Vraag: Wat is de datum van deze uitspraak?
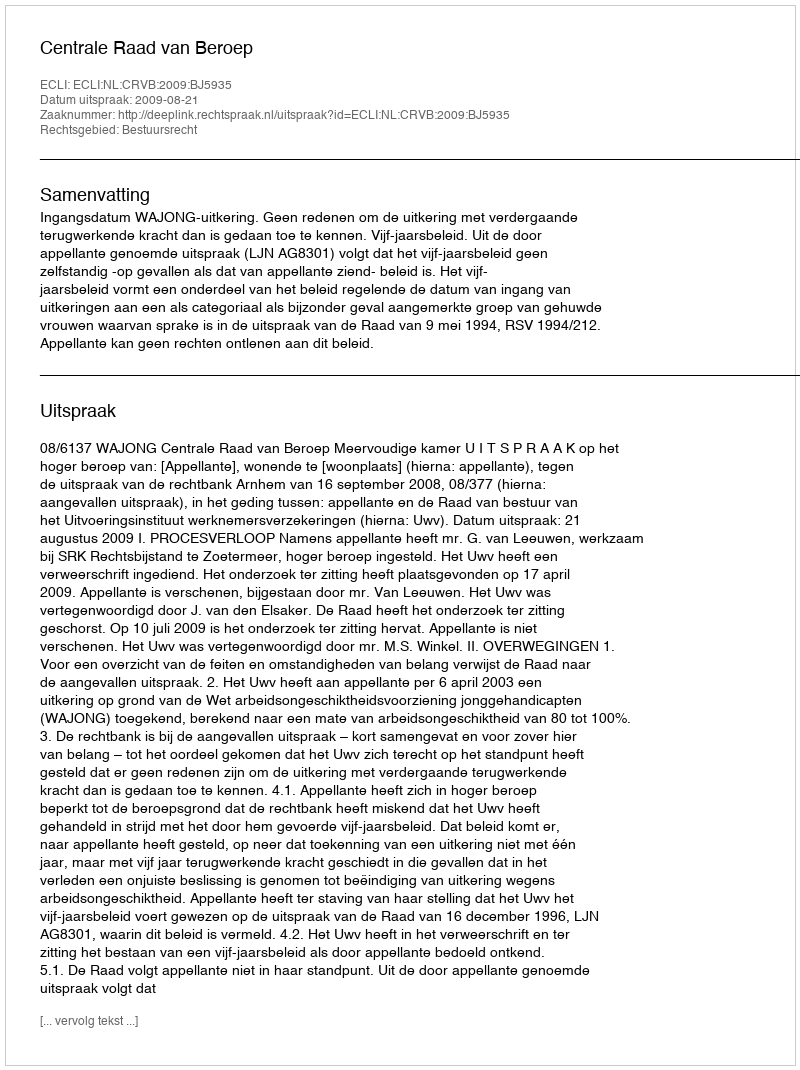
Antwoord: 2009-08-21